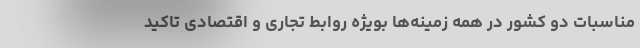
مناسبات دو کشور در همه زمینه‌ها بویژه روابط تجاری و اقتصادی تاکید